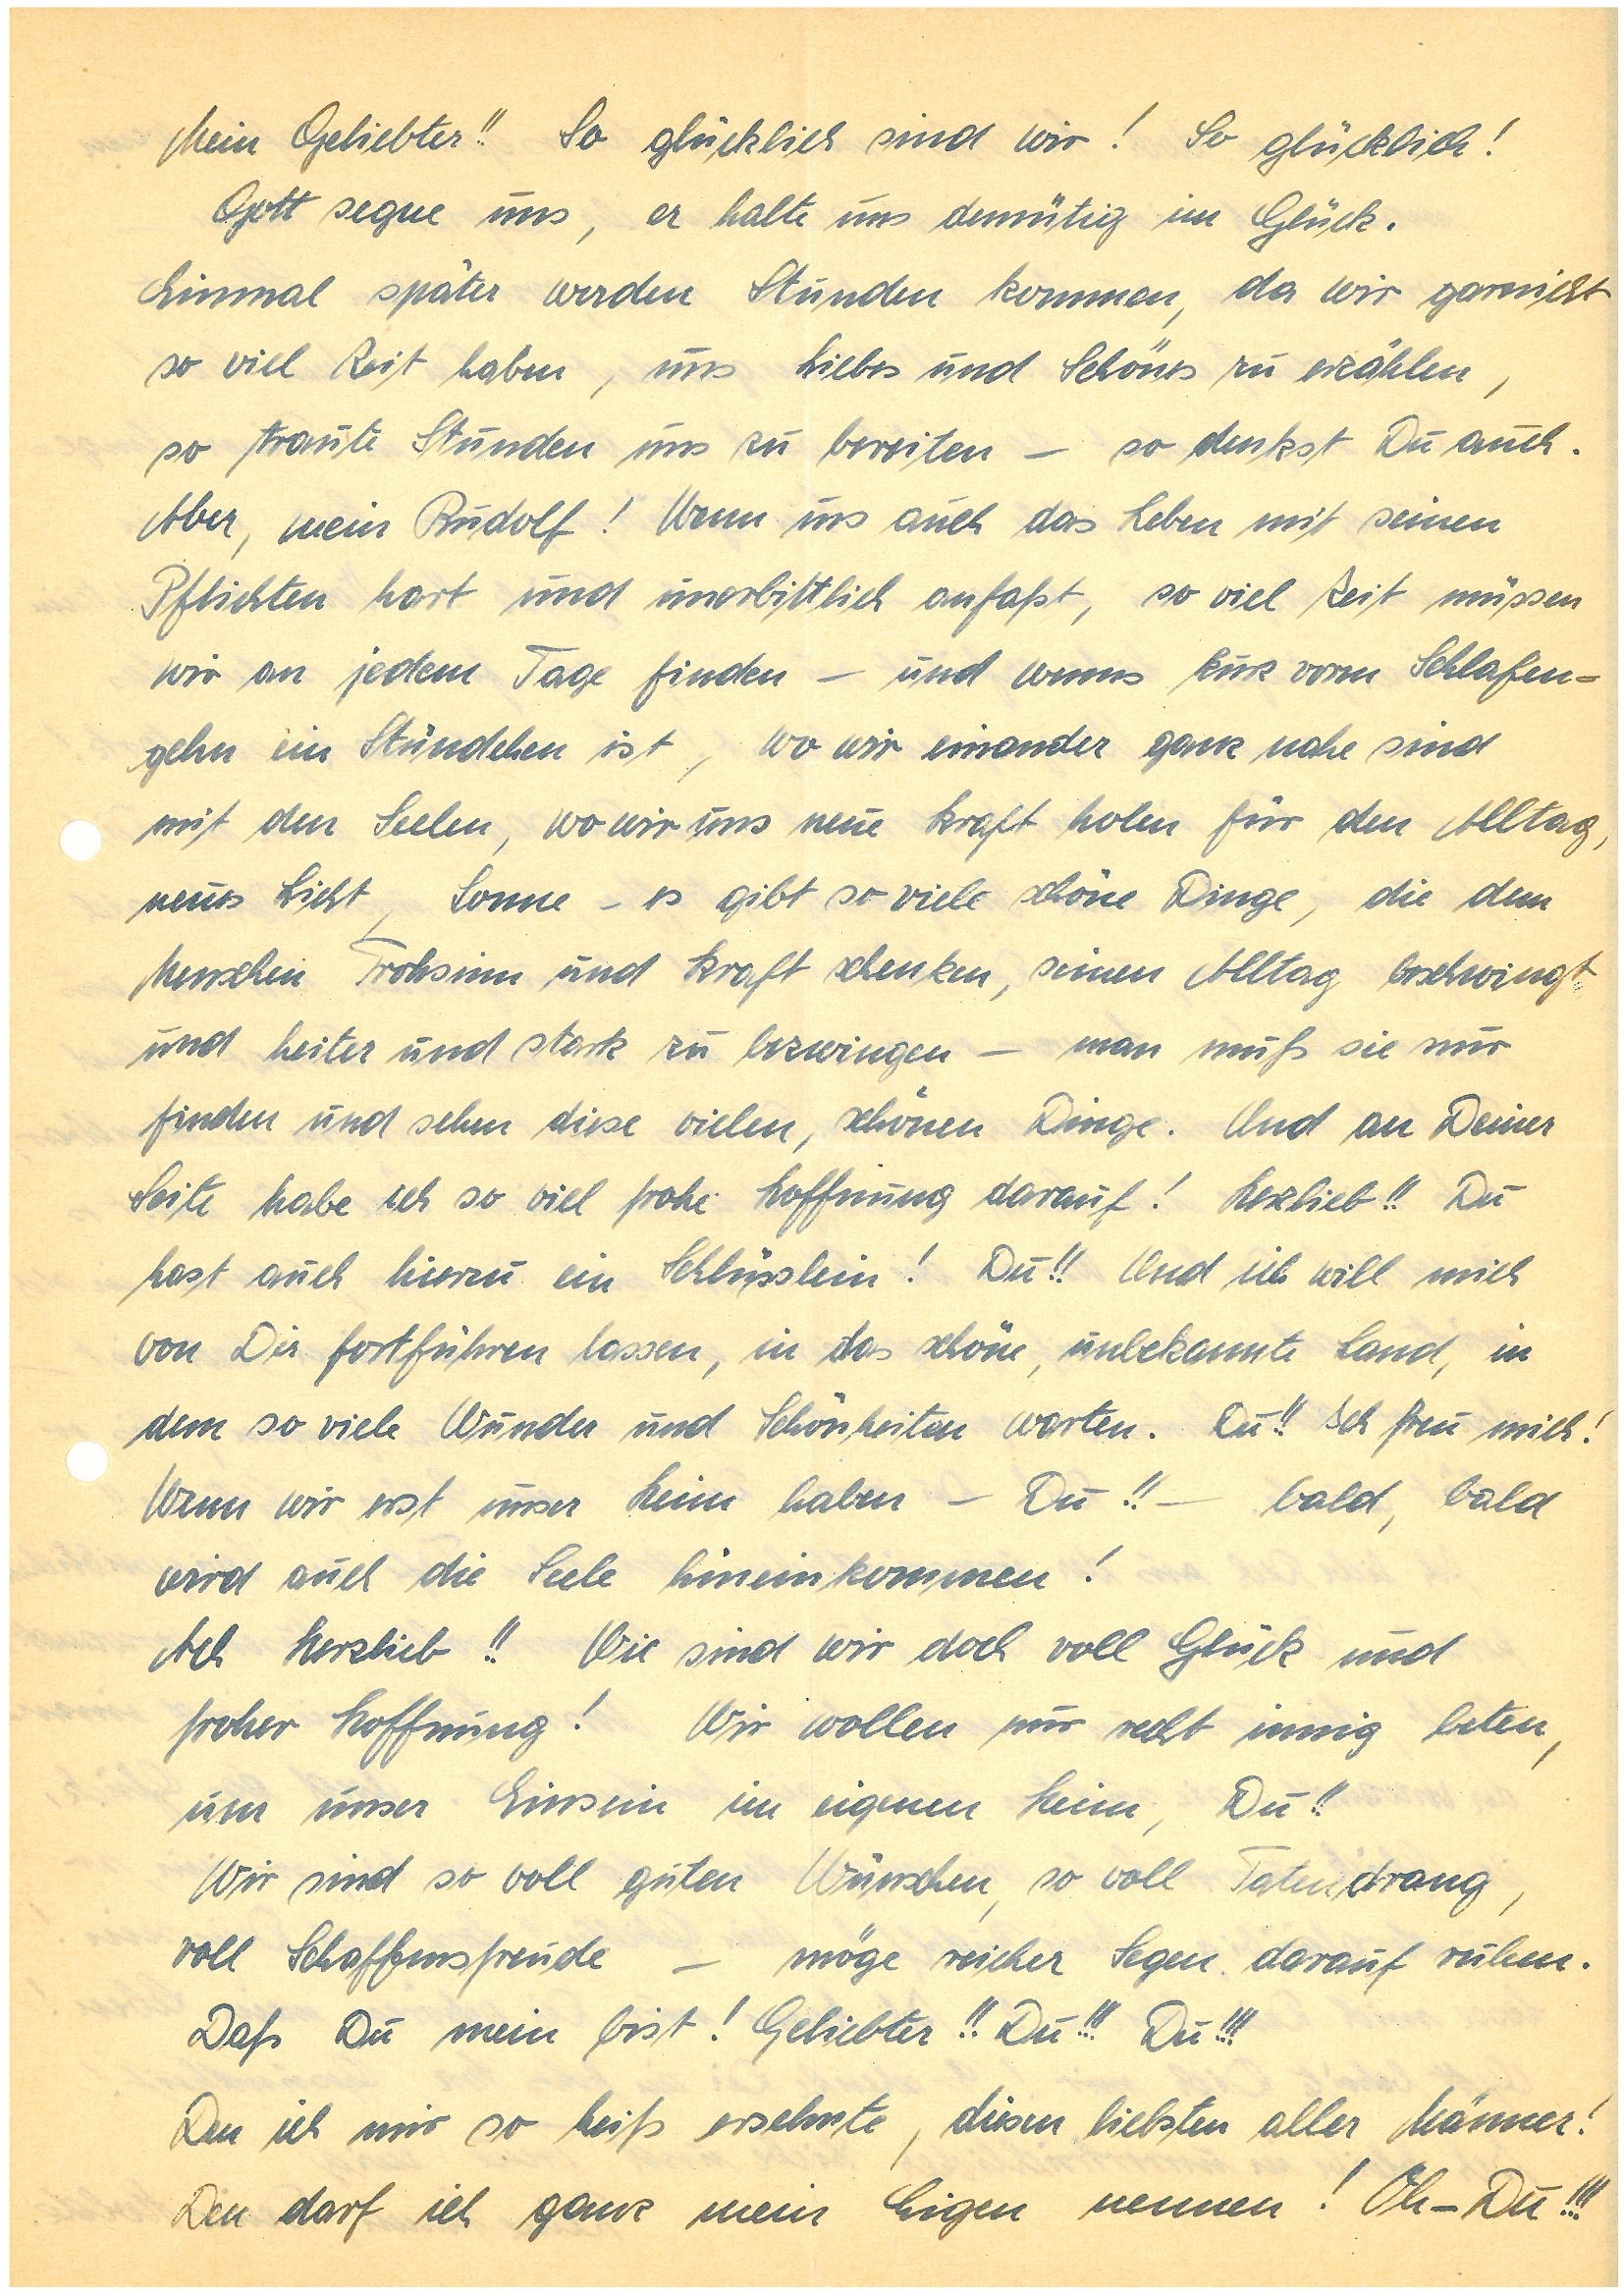
Mein Geliebter!! So glücklich sind wir! So glücklich!
Gott segne uns, er halte uns demütig im Glück.
Einmal später werden Stunden kommen, da wir garnicht
so viel Zeit haben, uns Liebes und Schönes zu erzählen,
so traute Stunden uns zu bereiten – so denkst Du auch.
Aber, mein! Wenn uns auch das Leben mit seinen
Pflichten hart und unerbittlich anfaßt, so viel Zeit müssen
wir an jedem Tag finden – und wenns kurz vorm Schlafen¬
gehn ein Stündchen ist, wo wir einander ganz nahe sind
mit den Seelen, wo wir uns neue Kraft holen für den Alltag,
neues Licht, Sonne – es gibt so viele schöne Dinge, die dem
Menschen Frohsinn und Kraft schenken, seinen Alltag beschwingt
und heiter und stark zu bezwingen – man muß sie nur
finden und sehen diese vielen, schönen Dinge. Und an Deiner
Seite habe ich so viel frohe Hoffnung darauf! Herzlieb!! Du
hast auch hierzu ein Schlüsslein! Du!! Und ich will mich
von Dir fortführen lassen, in das schöne, unbekannte Land, in
dem so viele Wunder und Schönheiten warten. Du!! Ich freu mich!
Wenn wir erst unser Heim haben – Du!! — bald, bald
wird auch die Seele hineinkommen!
Ach Herzlieb!! Wie sind wir doch voll Glück und
froher Hoffnung! Wir wollen nur recht innig beten,
um unser Einsein im eigenen Heim, Du!!
Wir sind so voll guten Wünschen, so voll Tatendrang,
voll Schaffensfreude – möge reicher Segen darauf ruhen.
Daß Du mein bist! Geliebter!! Du!!! Du!!!
Den ich mir so heiß ersehnte, diesen liebsten aller Männer!
Den darf ich ganz mein Eigen nennen! Oh – Du!!!